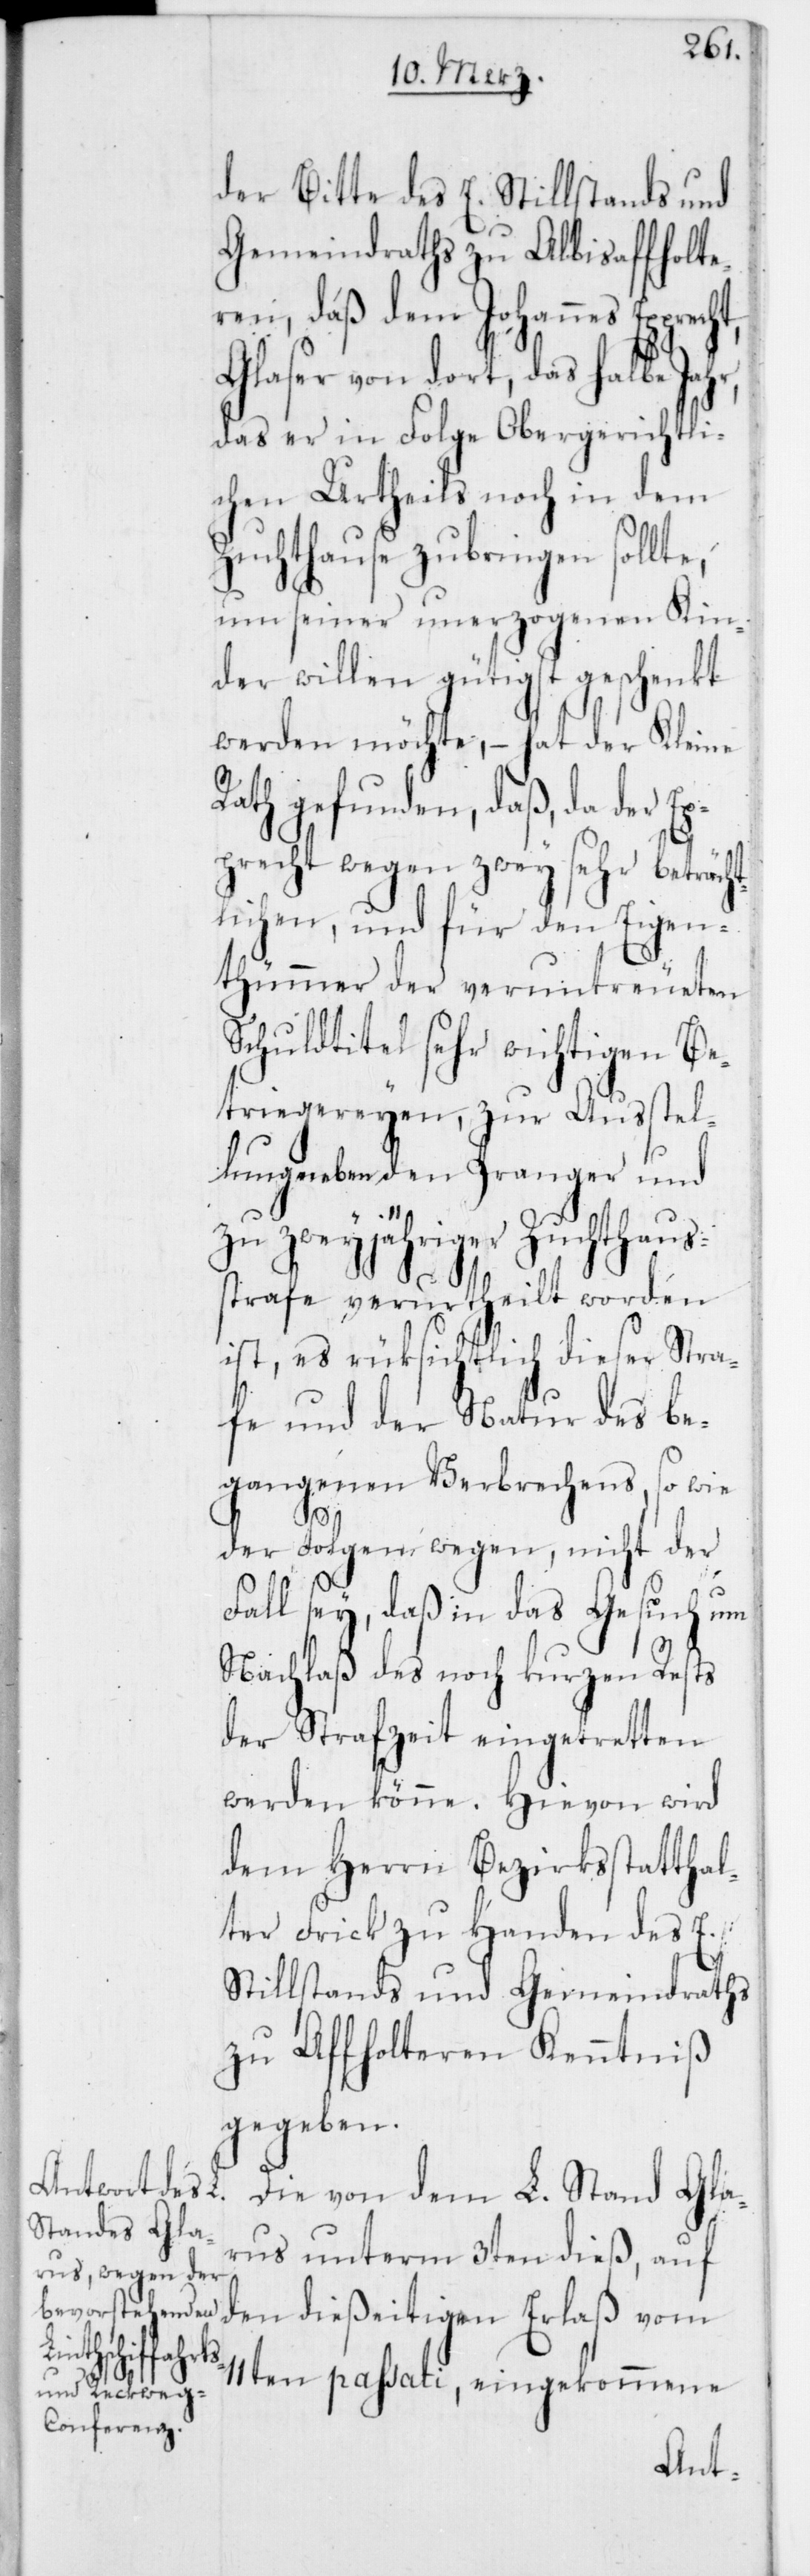
der Bitte des E. Stillstands und
Gemeindraths zu Albisaffholte¬
ren, daß dem Johannes Epprech¬
Glaser von dort, das halbe Ja¬
das er in Folge Obergerichtli¬
chen Urtheils noch in dem
Zuchthause zubringen sollte,
um seiner unerzogenen Kin¬
der willen gütigst geschenkt
werden möchte, – hat der Kleine
Rath gefunden, daß, da der Ep¬
precht wegen zwey sehr beträcht¬
lichen, und für den Eigen¬
tümmer der veruntreueten
Schuldtitel sehr wichtigen Be¬
triegereyen, zur Ausstel¬
lung neben den Pranger und
zu zweyjähriger Zuchthaus¬
strafe verurtheilt worden
ist, es rüksichtlich dieser Stra¬
fe und der Natur des be¬
gangenen Verbrechens, so wie
hr,
der Folgen wegen, nicht der
Fall sey, daß in das Gesuch um
Nachlaß des noch kurzen Rests
der Strafzeit eingetretten
dem Herrn Bezirksstatthal¬
ter Frick zu Handen des E.
Stillstands und Gemeindraths
zu Affholteren Kenntniß
gegeben.
Die von dem L. Stand Gla¬
rus unterm 3ten dieß, auf
den dießeitigen Erlaß vom
11ten passati, eingekommene